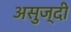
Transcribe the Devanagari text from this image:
असुज्दी